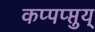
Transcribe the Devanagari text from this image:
कप्पप्प्तुय्